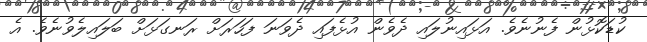
ކުޑަކޮޅުން ފެނުނެވެ. އަޅައިނުލައި ދެވެން އުޅެފައި ދެވަނަ ފަހަރަށް ރަނގަޅަށް ބަލައިލެވުނެވެ. އެ